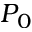
P _ { 0 }